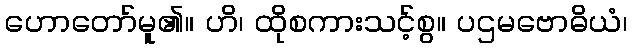
ဟောတော်မူ၏။ ဟိ၊ ထိုစကားသင့်စွ။ ပဌမဗောဓိယံ၊